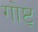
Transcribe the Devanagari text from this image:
गोष्ट्